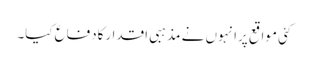
کئی مواقع پرانہوں نے مذہبی اقدارکادفاع کیا۔